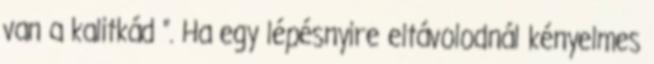
van a kalitkád ”. Ha egy lépésnyire eltávolodnál kényelmes